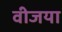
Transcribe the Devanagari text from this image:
वीजया